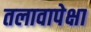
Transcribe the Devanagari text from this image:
तलावापेक्षा